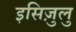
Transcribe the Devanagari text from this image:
इसिज़ुलु